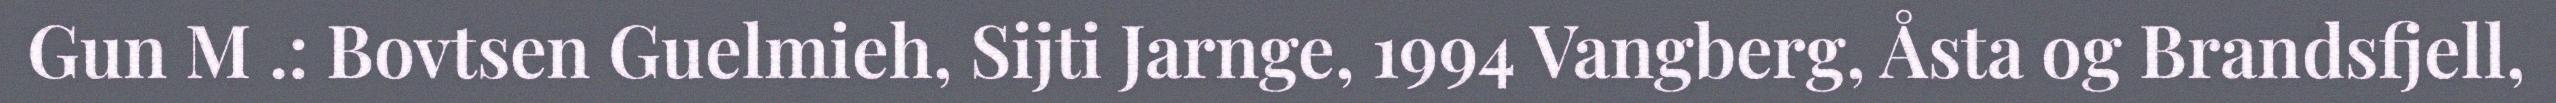
Gun M .: Bovtsen Guelmieh, Sijti Jarnge, 1994 Vangberg, Åsta og Brandsfjell,